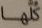
كلها